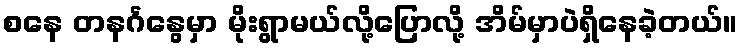
စနေ တနင်္ဂနွေမှာ မိုးရွာမယ်လို့ပြောလို့ အိမ်မှာပဲရှိနေခဲ့တယ်။